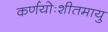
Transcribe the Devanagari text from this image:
कर्णयोःशीतमायु